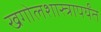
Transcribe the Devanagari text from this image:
खगोलशास्त्रापर्यंत